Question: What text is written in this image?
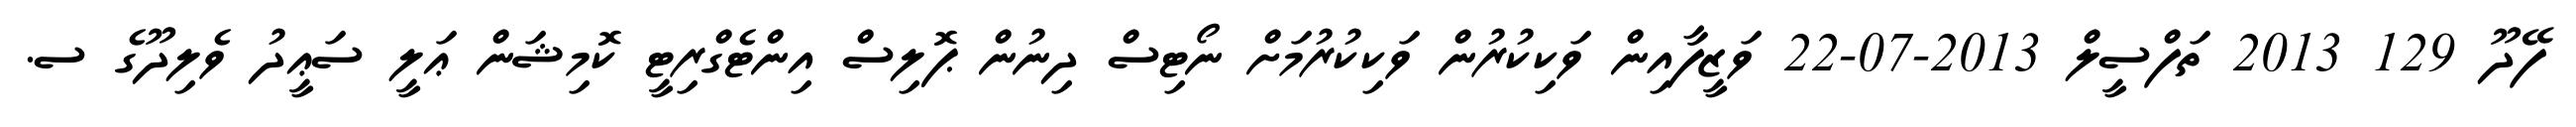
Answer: ފޭދޫ 129 2013 ތަފްސީލް 2013-07-22 ވަޒީފާއިން ވަކިކުރުން ވަކިކުރުމަށް ނޯޓިސް ދިނުން ޕޮލިސް އިންޓެގްރިޓީ ކޮމިޝަން ޢަލީ ސަޢީދު ވެލިދޫގެ ސ.